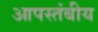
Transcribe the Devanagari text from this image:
आपस्तंबीय